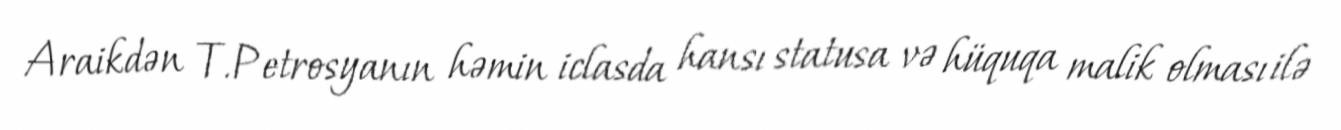
Araikdən T.Petrosyanın həmin iclasda hansı statusa və hüquqa malik olması ilə